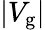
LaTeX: |V_{\mathrm{g}}|